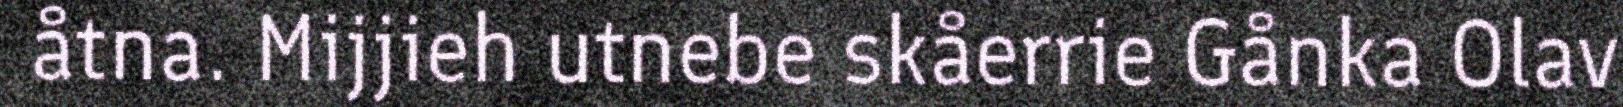
åtna. Mijjieh utnebe skåerrie Gånka Olav